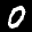
Label: 0